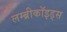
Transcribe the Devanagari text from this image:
लम्ब्रीकॉइड्स